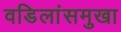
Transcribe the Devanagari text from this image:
वडिलांसमुखा